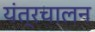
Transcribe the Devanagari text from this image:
यंत्रचालन